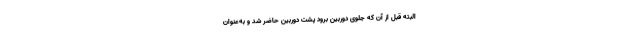
البته قبل از آن که جلوی دوربین برود پشت دوربین حاضر شد و به‌عنوان